Annual report on the mental hospital in the Central Provinces and Berar (Nagpur) - 1927-1951
Year: 1927
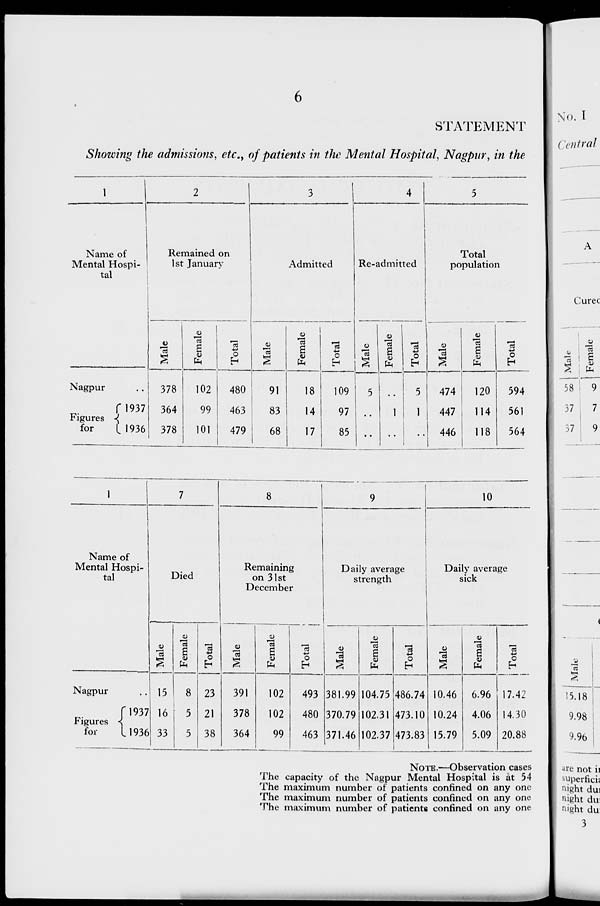
6
STATEMENT
Showing the admissions, etc., of patients in the Mental Hospital, Nagpur, in the
1
Name of
Mental Hospi-
tal
Nagpur ..
Figures
for
1937
1936
2
Remained on
1st January
Male
378
364
378
Female
102
99
101
Total
480
463
479
3
Admitted
Male
91
83
68
Female
18
14
17
Total
109
97
85
4
Re-admitted
Male
5
..
..
Female
..
1
..
Total
5
1
..
5
Total
population
Male
474
447
446
Female
120
114
118
Total
594
561
564
1
Name of
Mental Hospi-
tal
Nagpur ..
Figures
for
1937
1936
7
Died
Male
15
16
33
Female
8
5
5
Total
23
21
38
8
Remaining
on 31st
December
Male
391
378
364
Female
102
102
99
Total
493
480
463
9
Daily average
strength
Male
381.99
370.79
371.46
Female
104.75
102.31
102.37
Total
486.74
473.10
473.83
10
Daily average
sick
Male
10.46
10.24
15.79
Female
6.96
4.06
5.09
Total
17.42
14.30
20.88
NOTE.—Observation cases
The capacity of the Nagpur Mental Hospital is at 54
The maximum number of patients confined on any one
The maximum number of patients confined on any one
The maximum number of patients confined on any one